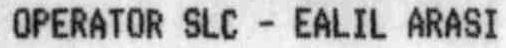
OPERATOR SLC - EALIL ARASI